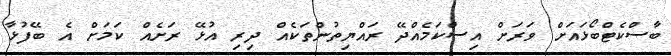
ބާސްކެޓްބޯޅައަށް ވަރަށް އިސްކަމެއްދޭ ރައްޔިތުންތަކެއް ދިރި އުޅޭ ރަށެއް ކަމަށް އެ ބޭފުޅާ